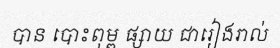
បាន បោះពុម្ព ផ្សាយ ជារៀងរាល់